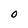
Character: O